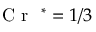
\mathrm { ~ \textit ~ { ~ C ~ r ~ } ~ } { } ^ { * } = 1 / 3